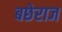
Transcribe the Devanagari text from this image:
बछेराज